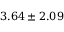
3 . 6 4 \pm 2 . 0 9